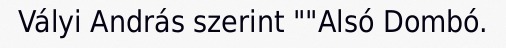
Vályi András szerint ""Alsó Dombó.